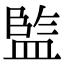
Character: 𭾋